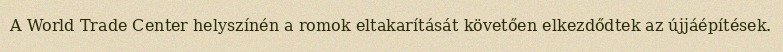
A World Trade Center helyszínén a romok eltakarítását követően elkezdődtek az újjáépítések.